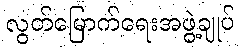
လွတ်မြောက်ရေးအဖွဲ့ချုပ်